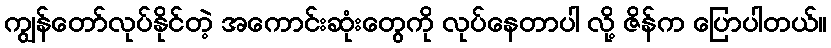
ကျွန်တော်လုပ်နိုင်တဲ့ အကောင်းဆုံးတွေကို လုပ်နေတာပါ လို့ ဇိန်က ပြောပါတယ်။